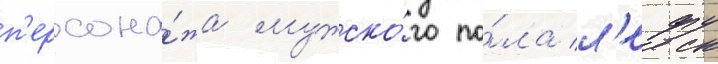
п'ерсона́жа мужско́го по́ла л'ефу